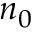
n _ { 0 }